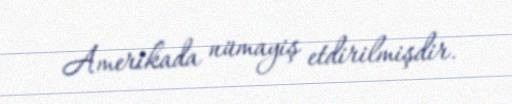
Amerikada nümayiş etdirilmişdir.